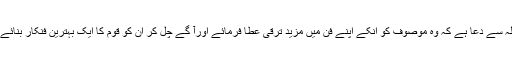
اللہ سے دعا ہے کہ وہ موصوف کو انکے اپنے فن میں مزید ترقی عطا فرمائے اورآ گے چل کر ان کو قوم کا ایک بہترین فنکار بنائے ۔